Annual administration report of the Civil Veterinary Department of India - 1900-1901
Year: 1900
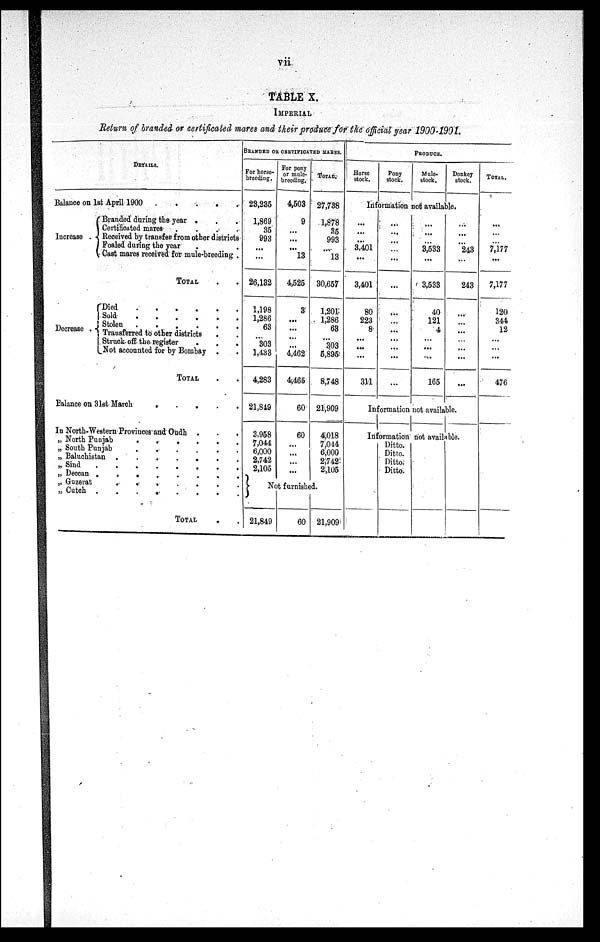
vii
TABLE X.
IMPERIAL
Return of branded or certificated mares and their produce for the official year 1900-1991.
DETAILS.
Balance on 1st April 1900
.
.
.
.
.
Increase .
Branded during the year . . .
Certificated mares .
.
.
.
Received by transfer from other districts
Foaled during the year . .
Cast mares received for mule-breeding .
TOTAL . .
Decrease .
Died
.
.
.
.
.
Sold
.
.
.
.
.
.
Stolen
.
.
.
.
.
Transferred to other districts . . . .
Struck off the register
.
.
.
Not accounted for by Bombay . .
TOTAL . .
Balance on 31st March
.
.
.
.
.
.
In North-Western Provinces and Oudh .
.
.
„ North Punjab
.
.
.
.
.
„ South Punjab
.
.
.
.
.
„ Baluchistan
.
.
.
.
.
.
„ Sind
.
.
.
.
.
.
.
„ Deccan . . . . . .
„ Guzerat
.
.
.
.
.
.
.
„ Cutch .
.
.
.
.
.
.
.
TOTAL . .
BRANDED OF CERTIFICATED MARES.
For horse-
breeding.
23,235
1,869
35
993
...
...
26,132
1,198
1,286
63
...
303
1,433
4,283
21,849
3,958
7,044
6,000
2,742
2,105
For pony
or mule-
breeding.
4,503
9
...
...
...
13
4,525
3
...
...
...
...
4,462
4,465
60
60
...
...
...
...
TOTAL.
27,738
1,878
35
993
...
13
30,657
1,201
1,286
63
...
303
5,895
8,748
21,909
4,018
7,044
6,000
2,742
2,105
Not furnished.
21,849
60 21,909
PRODUCE.
Horse
stock.
Pony
stock.
Mule-
stock.
Donkey
stock.
Information not available.
...
...
...
3,401
...
3,401
80
223
8
...
...
...
311
...
...
...
...
...
...
...
...
...
...
...
...
...
...
...
...
3,533
...
3,533
40
121
4
...
...
...
165
...
...
...
243
...
243
...
...
...
...
...
...
...
Information not available.
Information not available.
Ditto.
Ditto.
Ditto.
Ditto.
TOTAL.
...
...
...
7,177
...
7,177
120
344
12
...
...
...
476